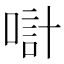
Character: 𠸥